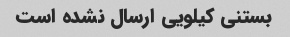
بستنی کیلویی ارسال نشده است